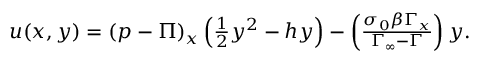
\begin{array} { r } { u ( x , y ) = \left( p - \Pi \right) _ { x } \left( \frac 1 2 y ^ { 2 } - h y \right) - \left( \frac { \sigma _ { 0 } \beta \Gamma _ { x } } { \Gamma _ { \infty } - \Gamma } \right) y . } \end{array}